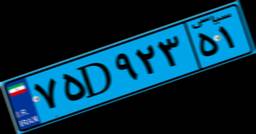
۷۵D۹۲۳۵۱